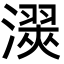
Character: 㵤